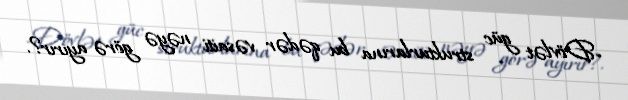
-Dövlət güc strukturlarına bu qədər vəsaiti nəyə görə ayırır?.